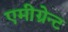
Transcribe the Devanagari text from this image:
एमीग्रेन्ट